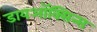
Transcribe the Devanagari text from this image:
डायऑक्सिन्स